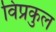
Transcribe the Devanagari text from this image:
विप्रकुल